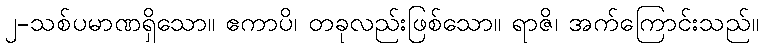
၂-သစ်ပမာဏရှိသော။ ဧကာပိ၊ တခုလည်းဖြစ်သော။ ရာဇိ၊ အက်ကြောင်းသည်။